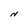
Character: N